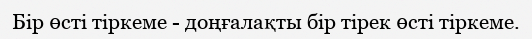
Бір өсті тіркеме - доңғалақты бір тірек өсті тіркеме.